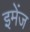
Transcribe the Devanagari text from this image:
इमेंज